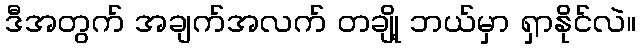
ဒီအတွက် အချက်အလက် တချို့ ဘယ်မှာ ရှာနိုင်လဲ။